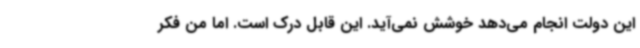
این دولت انجام می‌دهد خوشش نمی‌آید. این قابل درک است. اما من فکر